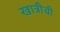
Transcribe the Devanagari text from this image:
खात्रीची